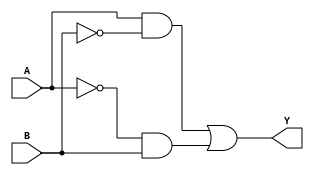
module xor_gate_pass_gate (input A, input B, output Y);

assign Y = (A && !B) || (!A && B);

endmodule